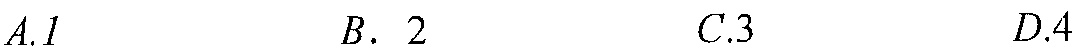
\(A.1\quad B.\ 2\quad C.3\quad D.4\)